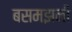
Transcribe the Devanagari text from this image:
बसमझनी